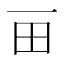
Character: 𰢴